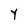
Character: Y